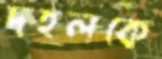
দহলকে